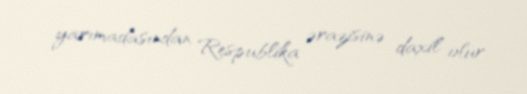
yarımadasından Respublika ərazisinə daxil olur.